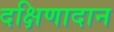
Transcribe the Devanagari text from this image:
दक्षिणादान